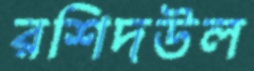
রশিদউল